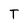
Character: T